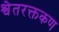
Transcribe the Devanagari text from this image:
श्वेतरक्तकण